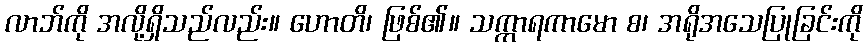
လာဘ်ကို အလို့ရှိသည်လည်း။ ဟောတိ၊ ဖြစ်၏။ သက္ကာရကာမော စ၊ အရိုအသေပြုခြင်းကို